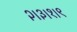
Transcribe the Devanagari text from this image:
२।३।१।९